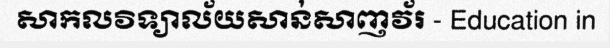
សាកលវិទ្យាល័យសាន់សាញវ័រ - Education in